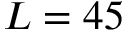
L = 4 5